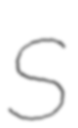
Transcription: S